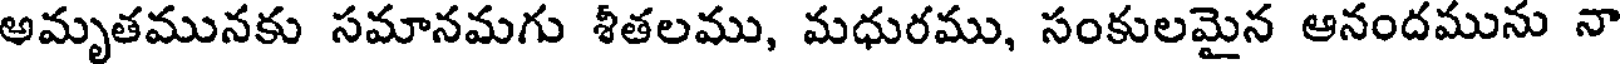
అమృతమునకు సమానమగు శీతలము, మధురము, సంకులమైన ఆనందమును నా